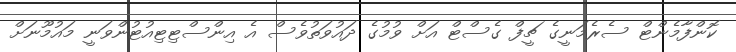
ކޮންފާމެންޓް ސެރެމަނީގެ ޗީފް ގެސްޓް އަށް ވުމުގެ ދައުވަތުވެސް އެ އިންސްޓިޓިއުޓުންވަނީ މައުމޫނަށް